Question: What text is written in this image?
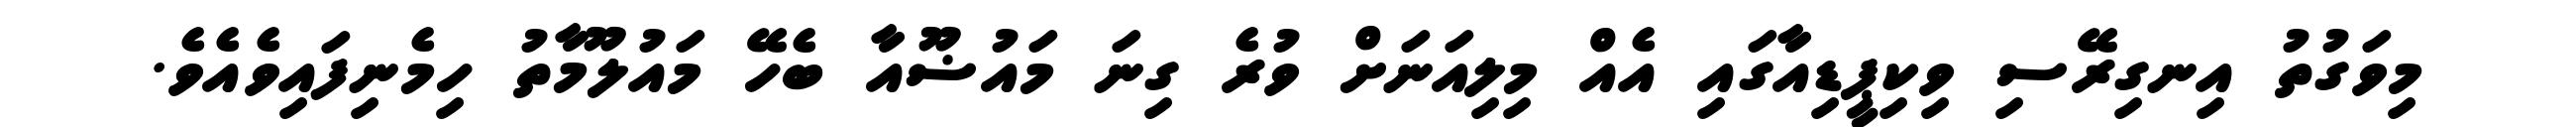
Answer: މިވަގުތު އިނގިރޭސި ވިކިޕީޑިއާގައި އެއް މިލިއަނަށް ވުރެ ގިނަ މައުޟޫއާ ބެހޭ މައުލޫމާތު ހިމެނިފައިވެއެވެ.